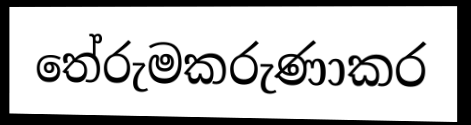
තේරුමකරුණාකර